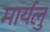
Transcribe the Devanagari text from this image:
मार्यलु